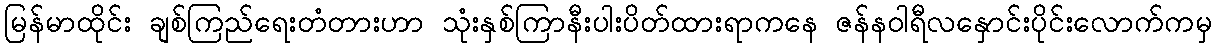
မြန်မာထိုင်း ချစ်ကြည်ရေးတံတားဟာ သုံးနှစ်ကြာနီးပါးပိတ်ထားရာကနေ ဇန်နဝါရီလနှောင်းပိုင်းလောက်ကမှ